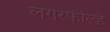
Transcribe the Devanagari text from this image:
लगेरफील्ड